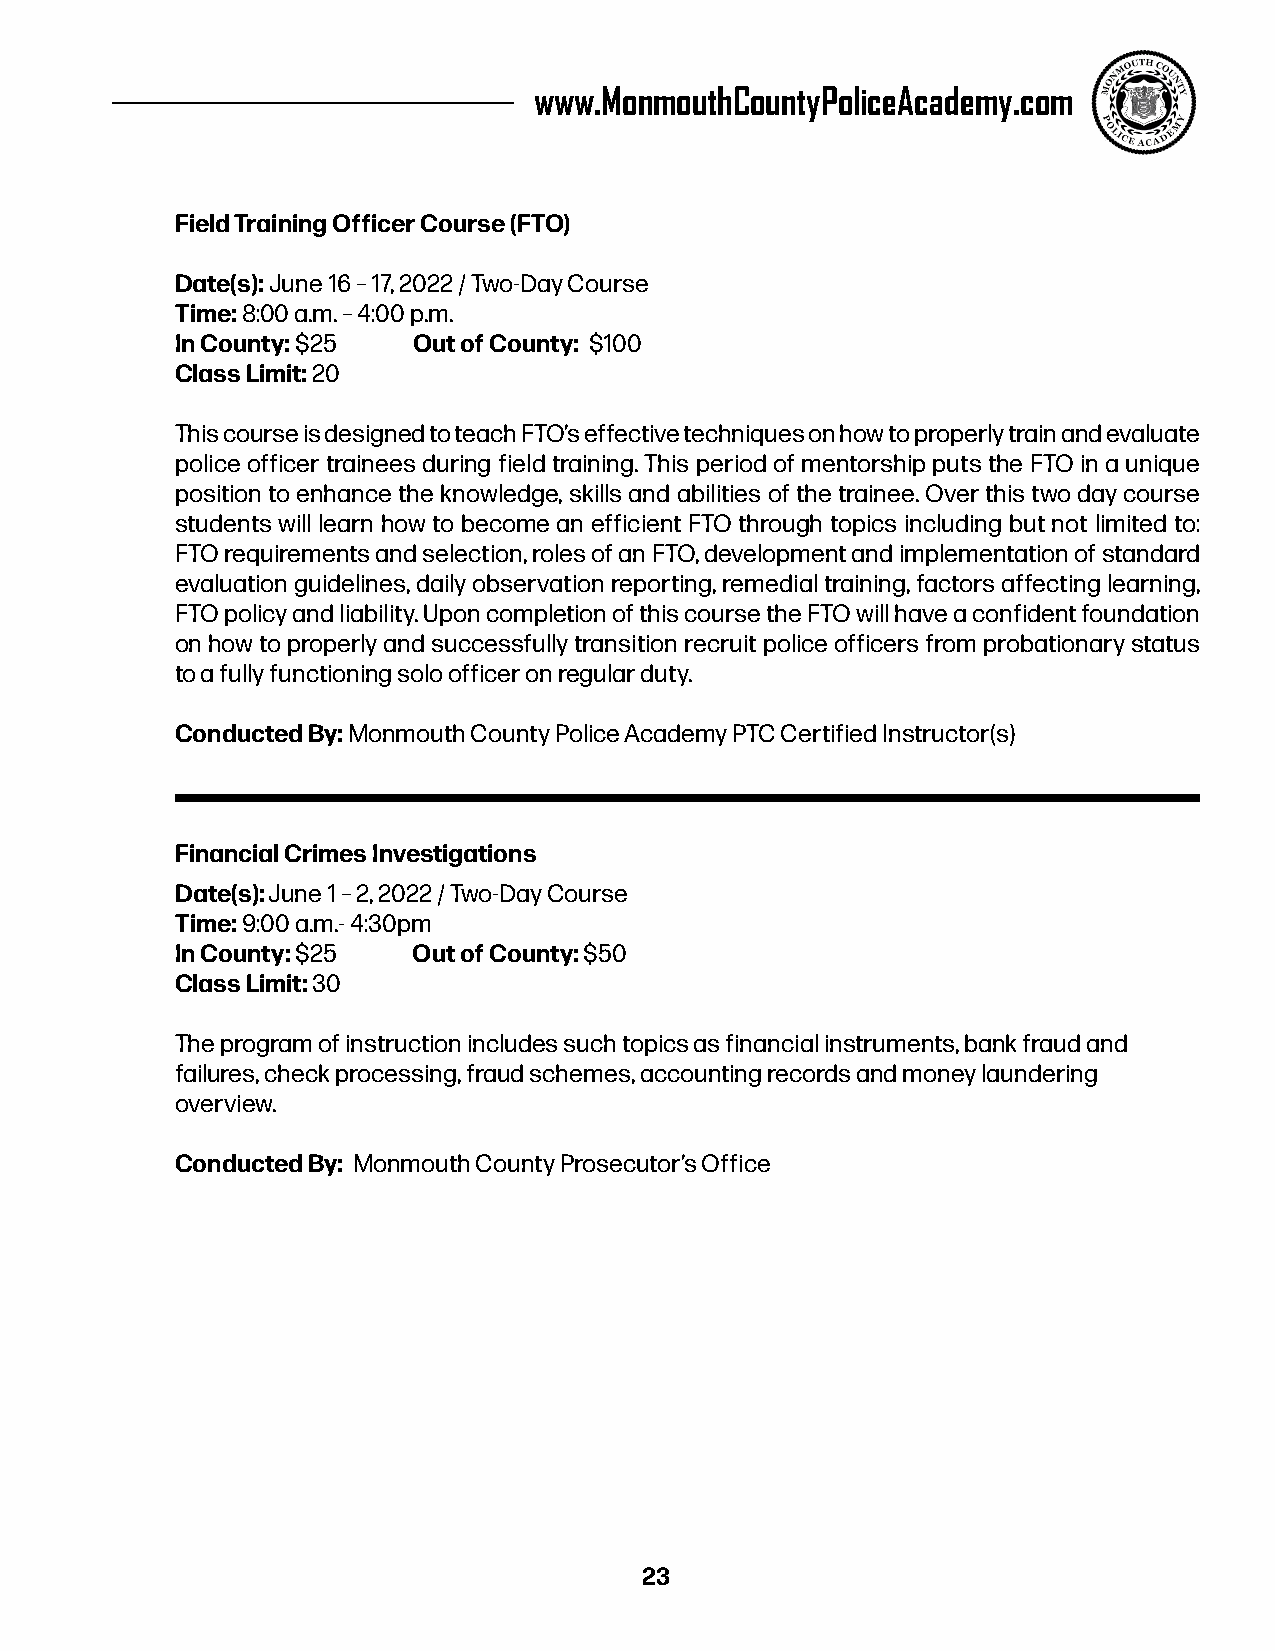
www.MonmouthCountyPoliceAcademy.com
 Field Training Officer Course (FTO)
 Date(s): June 16 – 17, 2022 / Two-Day Course
 Time: 8:00 a.m. – 4:00 p.m.
 In County: $25 Out of County: $100
 Class Limit: 20
 This course is designed to teach FTO’s effective techniques on how to properly train and evaluate
 police officer trainees during field training. This period of mentorship puts the FTO in a unique
 position to enhance the knowledge, skills and abilities of the trainee. Over this two day course
 students will learn how to become an efficient FTO through topics including but not limited to:
 FTO requirements and selection, roles of an FTO, development and implementation of standard
 evaluation guidelines, daily observation reporting, remedial training, factors affecting learning,
 FTO policy and liability. Upon completion of this course the FTO will have a confident foundation
 on how to properly and successfully transition recruit police officers from probationary status
 to a fully functioning solo officer on regular duty.
 Conducted By: Monmouth County Police Academy PTC Certified Instructor(s)
 Financial Crimes Investigations
 Date(s): June 1 – 2, 2022 / Two-Day Course
 Time: 9:00 a.m.- 4:30pm
 In County: $25 Out of County: $50
 Class Limit: 30
 The program of instruction includes such topics as financial instruments, bank fraud and
 failures, check processing, fraud schemes, accounting records and money laundering
 overview.
 Conducted By: Monmouth County Prosecutor’s Office
 23